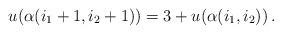
LaTeX: \begin{align*} u(\alpha(i_1+1,i_2+1))=3+u(\alpha(i_1,i_2)) \, .\end{align*}